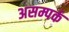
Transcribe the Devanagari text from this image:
असम्पर्क